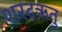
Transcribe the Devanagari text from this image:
शरदऋतु